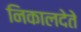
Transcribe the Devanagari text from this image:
निकालदेते